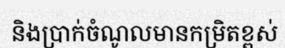
និងប្រាក់ចំណូលមានកម្រិតខ្ពស់